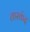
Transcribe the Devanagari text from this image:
तास्कंद